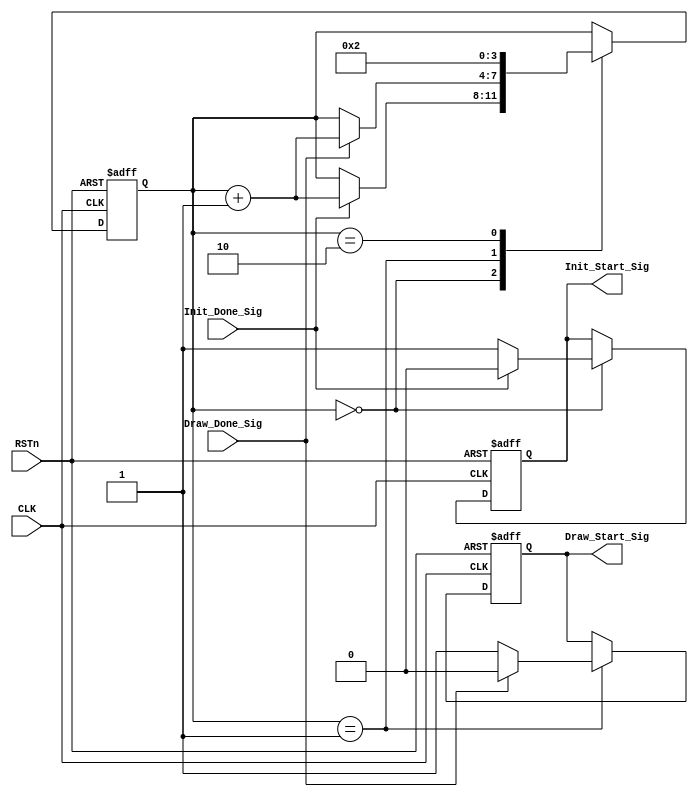
module lcd_control_module
(
    CLK, RSTn,
	 Init_Done_Sig, Draw_Done_Sig,
	 Init_Start_Sig, Draw_Start_Sig
);

    input CLK;
	 input RSTn;
	 input Init_Done_Sig, Draw_Done_Sig;
	 output Init_Start_Sig, Draw_Start_Sig;

	 /***************************************/
	 
	 reg [3:0]i;
	 reg isInit;
	 reg isDraw;
	 
	 always @ ( posedge CLK or negedge RSTn )
	     if( !RSTn )
		      begin
				    i <= 4'd0;
					 isInit <= 1'b0;
					 isDraw <= 1'b0;
				end
		   else 
			    case( i )
				     
					  4'd0:
					  if( Init_Done_Sig ) begin isInit <= 1'b0; i <= i + 1'b1; end
					  else isInit <= 1'b1;
					  
					  4'd1:
					  if( Draw_Done_Sig ) begin isDraw <= 1'b0; i <= i + 1'b1; end
					  else isDraw <= 1'b1;
					  
					  4'd2:
					  i <= 4'd2;
					  
				 endcase
				 
    /*********************************/
	 
	 assign Init_Start_Sig = isInit;
	 assign Draw_Start_Sig = isDraw;
	 
	 /*********************************/
	 
endmodule